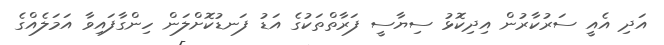
އަދި އެއީ ސަރުކާރުން އިދިކޮޅު ސިޔާސީ ފަރާތްތަކުގެ އަޑު ފަނޑުކޮށްލަން ހިންގާފައިވާ އަމަލެއްގެ